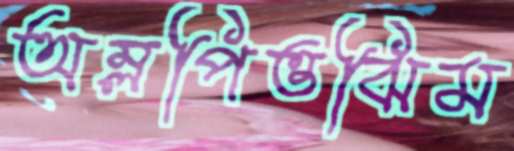
অম্লপিত্তঝিম